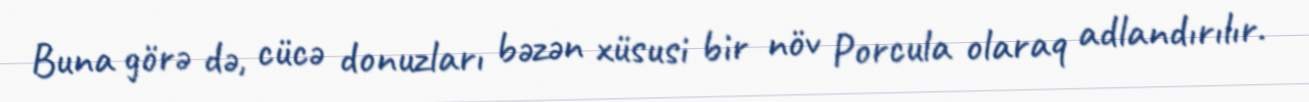
Buna görə də, cücə donuzları bəzən xüsusi bir növ Porcula olaraq adlandırılır.